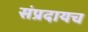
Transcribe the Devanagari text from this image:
संप्रदायच